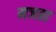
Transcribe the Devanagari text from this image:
मञप्रा